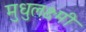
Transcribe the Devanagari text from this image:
मुधुलक्ष्मी